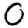
Digit: 0